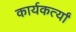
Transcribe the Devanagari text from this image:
कार्यकर्त्यां